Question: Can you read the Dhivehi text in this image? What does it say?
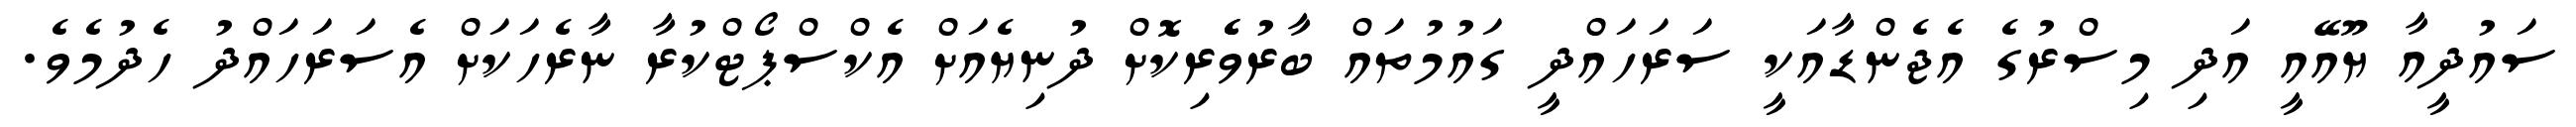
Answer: ސައުދީއާ ޔޫއޭއީ އަދި މިސްރުގެ އެޖެންޑާއަކީ ސަރަހައްދީ ގައުމުތައް ބާރުވެެރިކޮށް ދުނިޔެއަށް އެކްސްޕޯޓްކުރާ ނާރެހަކަށް އެސަރަހައްދު ހެދުމެވެ.